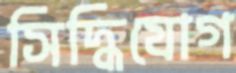
সিদ্ধিযোগ